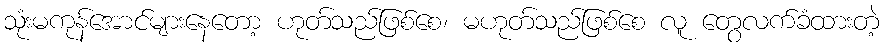
သုံးမကုန်အောင်များနေတော့ ဟုတ်သည်ဖြစ်စေ၊ မဟုတ်သည်ဖြစ်စေ လူ တွေလက်ခံထားတဲ့